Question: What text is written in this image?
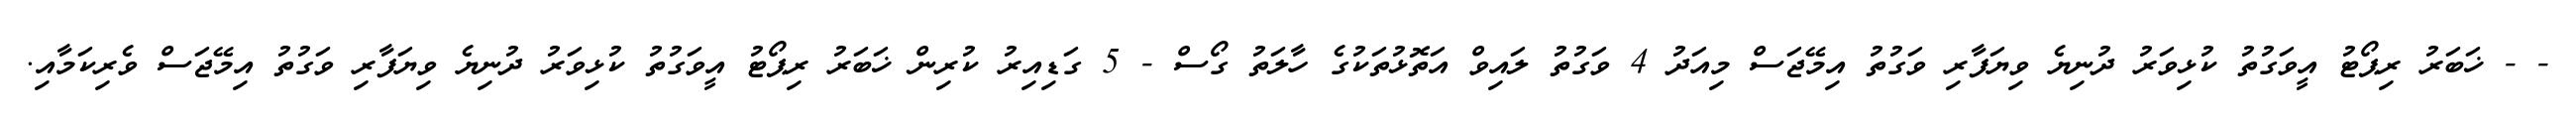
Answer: - - ޚަބަރު ރިޕޯޓު އީވަގުތު ކުޅިވަރު ދުނިޔެ ވިޔަފާރި ވަގުތު އިމޭޖަސް މިއަދު 4 ވަގުތު ލައިވް އަތޮޅުތަކުގެ ހާލަތު ގޯސް - 5 ގަޑިއިރު ކުރިން ޚަބަރު ރިޕޯޓު އީވަގުތު ކުޅިވަރު ދުނިޔެ ވިޔަފާރި ވަގުތު އިމޭޖަސް ވެރިކަމާއި.